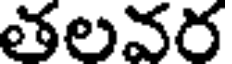
తలవర